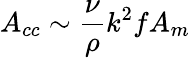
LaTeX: A_{cc}\sim\frac{\nu}{\rho}k^{2}fA_{m}